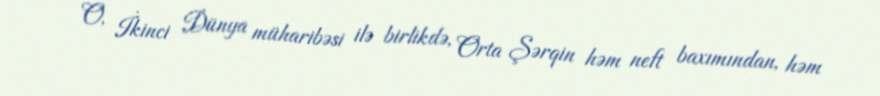
O, İkinci Dünya müharibəsi ilə birlikdə, Orta Şərqin həm neft baxımından, həm